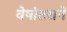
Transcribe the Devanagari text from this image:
वेषांतराने